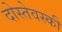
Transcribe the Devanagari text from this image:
दोस्तेवस्की